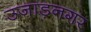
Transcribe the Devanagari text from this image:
उजाड़नगर